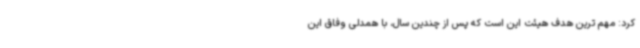
کرد: مهم ترین هدف هیئت این است که پس از چندین سال، با همدلی وفاق این